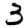
Digit: 3